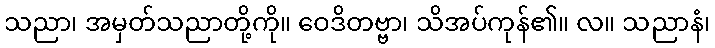
သညာ၊ အမှတ်သညာတို့ကို။ ဝေဒိတဗ္ဗာ၊ သိအပ်ကုန်၏။ လ။ သညာနံ၊